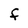
Character: f